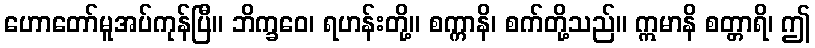
ဟောတော်မူအပ်ကုန်ပြီ။ ဘိက္ခဝေ၊ ရဟန်းတို့။ စက္ကာနိ၊ စက်တို့သည်။ ဣမာနိ စတ္တာရိ၊ ဤ